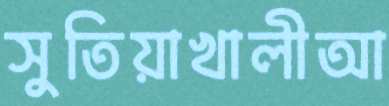
সুতিয়াখালীআ